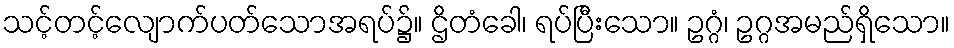
သင့်တင့်လျောက်ပတ်သောအရပ်၌။ ဌိတံခေါ၊ ရပ်ပြီးသော။ ဥဂ္ဂံ၊ ဥဂ္ဂအမည်ရှိသော။